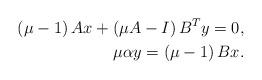
LaTeX: \begin{align*}\left( \mu-1 \right)Ax+\left( \mu A-I \right) B^Ty=0,\\\mu \alpha y=\left( \mu-1 \right) Bx.\end{align*}